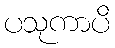
ပသုကာပိ